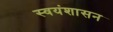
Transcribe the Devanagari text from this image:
स्वयंशासन